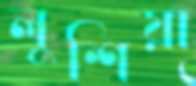
লুশিয়া